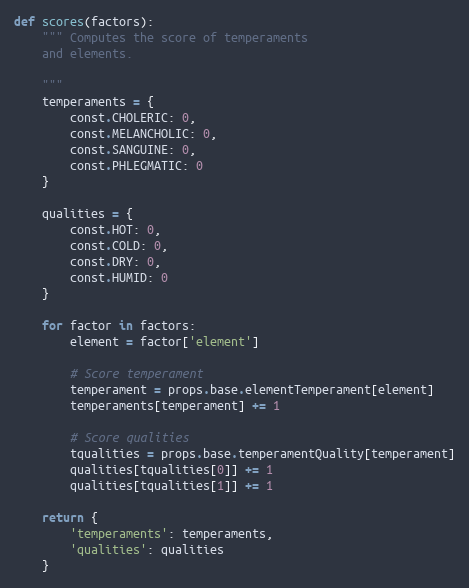
Language: Python
def scores(factors):
    """ Computes the score of temperaments
    and elements.

    """
    temperaments = {
        const.CHOLERIC: 0,
        const.MELANCHOLIC: 0,
        const.SANGUINE: 0,
        const.PHLEGMATIC: 0
    }

    qualities = {
        const.HOT: 0,
        const.COLD: 0,
        const.DRY: 0,
        const.HUMID: 0
    }

    for factor in factors:
        element = factor['element']

        # Score temperament
        temperament = props.base.elementTemperament[element]
        temperaments[temperament] += 1

        # Score qualities
        tqualities = props.base.temperamentQuality[temperament]
        qualities[tqualities[0]] += 1
        qualities[tqualities[1]] += 1

    return {
        'temperaments': temperaments,
        'qualities': qualities
    }